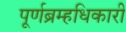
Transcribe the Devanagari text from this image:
पूर्णब्रम्हधिकारी